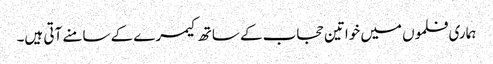
ہماری فلموں میں خواتین حجاب کے ساتھ کیمرے کے سامنے آتی ہیں۔